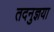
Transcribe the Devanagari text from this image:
तदनुज्ञया